Annual report of the Imperial Bacteriologist
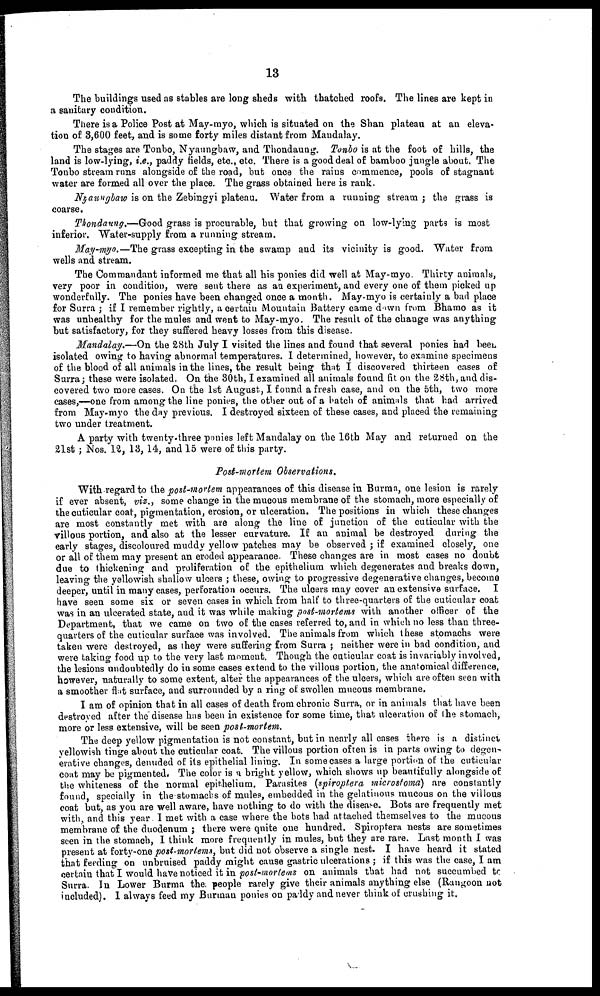
13
The buildings used as stables are long sheds with thatched roofs. The lines are kept in
a sanitary condition.
There is a Police Post at May-myo, which is situated on the Shan plateau at an eleva-
tion of 3,600 feet, and is some forty miles distant from Mandalay.
The stages are Tonbo, Nyaungbaw, and Thondaung. Tonbo is at the foot of hills, the
land is low-lying, i.e., paddy fields, etc., etc. There is a good deal of bamboo jungle about. The
Tonbo stream runs alongside of the road, but once the rains commence, pools of stagnant
water are formed all over the place. The grass obtained here is rank.
Nyaungbaw is on the Zebingyi plateau. Water from a running stream ; the grass is
coarse.
Thondaung.—Good grass is procurable, but that growing on low-lying parts is most
inferior. Water-supply from a running stream.
May-myo.—The grass excepting in the swamp and its vicinity is good. Water from
wells and stream.
The Commandant informed me that all his ponies did well at May-myo. Thirty animals,
very poor in condition, were sent there as an experiment, and every one of them picked up
wonderfully. The ponies have been changed once a month. May-myo is certainly a bad place
for Surra ; if I remember rightly, a certain Mountain Battery came down from Bhamo as it
was unhealthy for the mules and went to May-myo. The result of the change was anything
but satisfactory, for they suffered heavy losses from this disease.
Mandalay.—On the 28th July I visited the lines and found that several ponies had been
isolated owing to having abnormal temperatures. I determined, however, to examine specimens
of the blood of all animals in the lines, the result being that I discovered thirteen cases of
Surra; these were isolated. On the 30th, I examined all animals found fit on the 28th, and dis-
covered two more cases. On the 1st August, I found a fresh case, and on the 5th, two more
cases,—one from among the line ponies, the other out of a batch of animals that had arrived
from May-myo the day previous. I destroyed sixteen of these cases, and placed the remaining
two under treatment.
A party with twenty-three ponies left Mandalay on the 16th May and returned on the
21st; Nos. 12, 13, 14, and 15 were of this party.
Post-mortem Observations.
With regard to the post-mortem appearances of this disease in Burma, one lesion is rarely
if ever absent, viz., some change in the mucous membrane of the stomach, more especially of
the cuticular coat, pigmentation, erosion, or ulceration. The positions in which these changes
are most constantly met with are along the line of junction of the cuticular with the
villous portion, and also at the lesser curvature. If an animal be destroyed during the
early stages, discoloured muddy yellow patches may be observed ; if examined closely, one
or all of them may present an eroded appearance. These changes are in most cases no doubt
due to thickening and proliferation of the epithelium which degenerates and breaks down,
leaving the yellowish shallow ulcers these, owing to progressive degenerative changes, become
deeper, until in many cases, perforation occurs. The ulcers may cover an extensive surface. I
have seen some six or seven cases in which from half to three-quarters of the cuticular coat
was in an ulcerated state, and it was while making post-mortems with another officer of the
Department, that we came on two of the cases referred to, and in which no less than three-
quarters of the cuticular surface was involved. The animals from which these stomachs were
taken were destroyed, as they were suffering from Surra ; neither were in bad condition, and
were taking food up to the very last moment. Though the cuticular coat is invariably involved,
the lesions undoubtedly do in some cases extend to the villous portion, the anatomical difference,
however, naturally to some extent, alter the appearances of the ulcers, which are often seen with
a smoother flat surface, and surrounded by a ring of swollen mucous membrane.
I am of opinion that in all cases of death from chronic Surra, or in animals that have been
destroyed after the disease has been in existence for some time, that ulceration of the stomach,
more or less extensive, will be seen post-mortem.
The deep yellow pigmentation is not constant, but in nearly all cases there is a distinct
yellowish tinge about the cuticular coat. The villous portion often is in parts owing to degen-
erative changes, denuded of its epithelial lining. In some cases a large portion of the cuticular
coat may be pigmented. The color is a bright yellow, which shows up beautifully alongside of
the whiteness of the normal epithelium. Parasites (spiroptera microstoma) are constantly
found, specially in the stomachs of mules, embedded in the gelatinous mucous on the villous
coat but, as you are well aware, have nothing to do with the disease. Bots are frequently met
with, and this year. I met with a case where the bots had attached themselves to the mucous
membrane of the duodenum ; there were quite one hundred. Spiroptera nests are sometimes
seen in the stomach, I think more frequently in mules, but they are rare. Last month I was
present at forty-one post-mortems, but did not observe a single nest. I have heard it stated
that feeding on unbruised paddy might cause gastric ulcerations ; if this was the case, I am
certain that I would have noticed it in post-mortems on animals that had not succumbed to
Surra. In Lower Burma the people rarely give their animals anything else (Rangoon not
included). I always feed my Burman ponies on paddy and never think of crushing it.